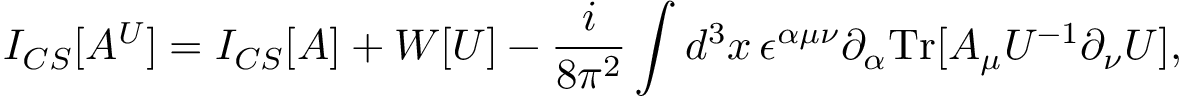
I _ { C S } [ A ^ { U } ] = I _ { C S } [ A ] + { \cal W } [ U ] - \frac { i } { 8 \pi ^ { 2 } } \int d ^ { 3 } x \, \epsilon ^ { \alpha \mu \nu } \partial _ { \alpha } \mathrm { T r } [ A _ { \mu } U ^ { - 1 } \partial _ { \nu } U ] ,